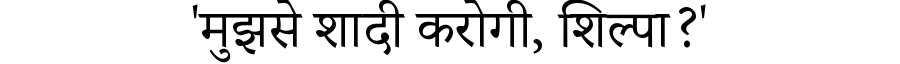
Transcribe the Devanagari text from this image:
'मुझसे शादी करोगी, शिल्पा?'